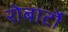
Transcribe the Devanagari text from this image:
रोबार्टो